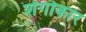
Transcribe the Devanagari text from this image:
शेगोकार